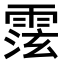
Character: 𩃚